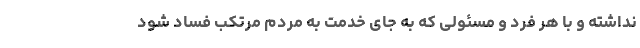
نداشته و با هر فرد و مسئولی که به جای خدمت به مردم مرتکب فساد شود